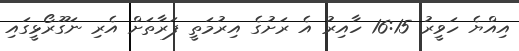
އިއްޔެ ހަވީރު 16:15 ހާއިރު އެ ރަށުގެ އިރުމަތީ ފަރާތަށް އެރި ނަގޫރޯޅީގައި